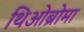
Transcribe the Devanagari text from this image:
थिओब्रोमा